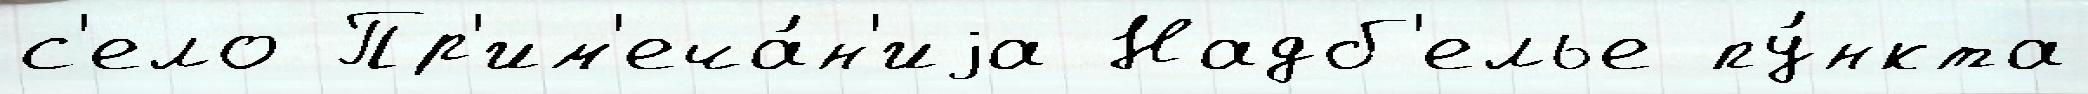
с'ело Пр'им'еча́н'иjа Надб'елье пу́нкта